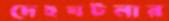
দেহঘটনার